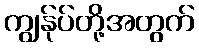
ကျွန်ုပ်တို့အတွက်